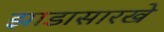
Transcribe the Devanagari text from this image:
झाडासारखे